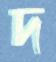
দ